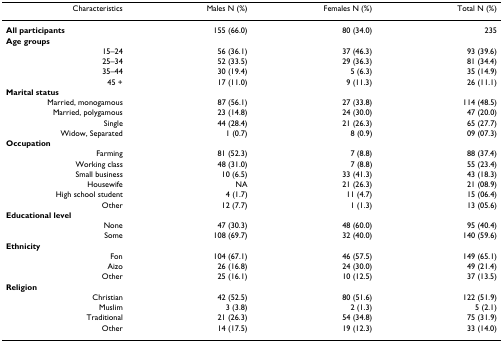
<table><thead><tr><td><b>Characteristics</b></td><td><b>Males N (%)</b></td><td><b>Females N (%)</b></td><td><b>Total N (%)</b></td></tr></thead><tbody><tr><td><b>All participants</b></td><td>155 (66.0)</td><td>80 (34.0)</td><td>235</td></tr><tr><td><b>Age groups</b></td><td></td><td></td><td></td></tr><tr><td>15–24</td><td>56 (36.1)</td><td>37 (46.3)</td><td>93 (39.6)</td></tr><tr><td>25–34</td><td>52 (33.5)</td><td>29 (36.3)</td><td>81 (34.4)</td></tr><tr><td>35–44</td><td>30 (19.4)</td><td>5 (6.3)</td><td>35 (14.9)</td></tr><tr><td>45 +</td><td>17 (11.0)</td><td>9 (11.3)</td><td>26 (11.1)</td></tr><tr><td><b>Marital status</b></td><td></td><td></td><td></td></tr><tr><td>Married, monogamous</td><td>87 (56.1)</td><td>27 (33.8)</td><td>114 (48.5)</td></tr><tr><td>Married, polygamous</td><td>23 (14.8)</td><td>24 (30.0)</td><td>47 (20.0)</td></tr><tr><td>Single</td><td>44 (28.4)</td><td>21 (26.3)</td><td>65 (27.7)</td></tr><tr><td>Widow, Separated</td><td>1 (0.7)</td><td>8 (0.9)</td><td>09 (07.3)</td></tr><tr><td><b>Occupation</b></td><td></td><td></td><td></td></tr><tr><td>Farming</td><td>81 (52.3)</td><td>7 (8.8)</td><td>88 (37.4)</td></tr><tr><td>Working class</td><td>48 (31.0)</td><td>7 (8.8)</td><td>55 (23.4)</td></tr><tr><td>Small business</td><td>10 (6.5)</td><td>33 (41.3)</td><td>43 (18.3)</td></tr><tr><td>Housewife</td><td>NA</td><td>21 (26.3)</td><td>21 (08.9)</td></tr><tr><td>High school student</td><td>4 (1.7)</td><td>11 (4.7)</td><td>15 (06.4)</td></tr><tr><td>Other</td><td>12 (7.7)</td><td>1 (1.3)</td><td>13 (05.6)</td></tr><tr><td><b>Educational level</b></td><td></td><td></td><td></td></tr><tr><td>None</td><td>47 (30.3)</td><td>48 (60.0)</td><td>95 (40.4)</td></tr><tr><td>Some</td><td>108 (69.7)</td><td>32 (40.0)</td><td>140 (59.6)</td></tr><tr><td><b>Ethnicity</b></td><td></td><td></td><td></td></tr><tr><td>Fon</td><td>104 (67.1)</td><td>46 (57.5)</td><td>149 (65.1)</td></tr><tr><td>Aizo</td><td>26 (16.8)</td><td>24 (30.0)</td><td>49 (21.4)</td></tr><tr><td>Other</td><td>25 (16.1)</td><td>10 (12.5)</td><td>37 (13.5)</td></tr><tr><td><b>Religion</b></td><td></td><td></td><td></td></tr><tr><td>Christian</td><td>42 (52.5)</td><td>80 (51.6)</td><td>122 (51.9)</td></tr><tr><td>Muslim</td><td>3 (3.8)</td><td>2 (1.3)</td><td>5 (2.1)</td></tr><tr><td>Traditional</td><td>21 (26.3)</td><td>54 (34.8)</td><td>75 (31.9)</td></tr><tr><td>Other</td><td>14 (17.5)</td><td>19 (12.3)</td><td>33 (14.0)</td></tr></tbody></table>